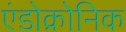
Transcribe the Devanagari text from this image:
एंडोक्रोनिक